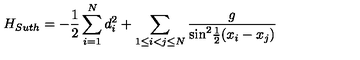
H _ { S u t h } = - \frac { 1 } { 2 } \sum _ { i = 1 } ^ { N } d _ { i } ^ { 2 } + \sum _ { 1 \leq i < j \leq N } \frac { g } { { \sin } ^ { 2 } \mathrm { \frac { 1 } { 2 } } ( x _ { i } - x _ { j } ) }